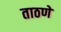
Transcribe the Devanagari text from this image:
ताठणे